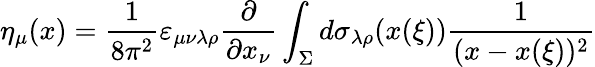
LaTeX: \eta_{\mu}(x)=\frac{1}{8\pi^{2}}\varepsilon_{\mu\nu\lambda\rho}\frac{\partial}{\partial x_{\nu}}\int_{\Sigma}^{}d\sigma_{\lambda\rho}(x(\xi))\frac{1}{(x-x(\xi))^{2}}